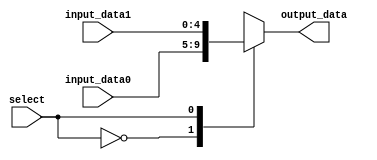
`timescale 1ns / 1ps
//////////////////////////////////////////////////////////////////////////////////
// Company: 
// Engineer: 
// 
// Design Name: 
// Module Name:    read_mux 
// Project Name: 
// Target Devices: 
// Tool versions: 
// Description: 
//
// Dependencies: 
//
// Revision: 
// Revision 0.01 - File Created
// Additional Comments: 
//
//////////////////////////////////////////////////////////////////////////////////

// Register 2 read select multiplexer
module read_mux(output_data, input_data0, input_data1, select);

parameter word_size = 5;

// inputs
input select;
input [word_size-1:0] input_data0, input_data1;

// output
output reg [word_size-1:0] output_data;

// select the input
always @(select or input_data0 or input_data1) begin
	case (select)
		0: output_data <= input_data0;
		1: output_data <= input_data1;
		default: output_data <= 0;
	endcase
end

endmodule